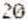
20